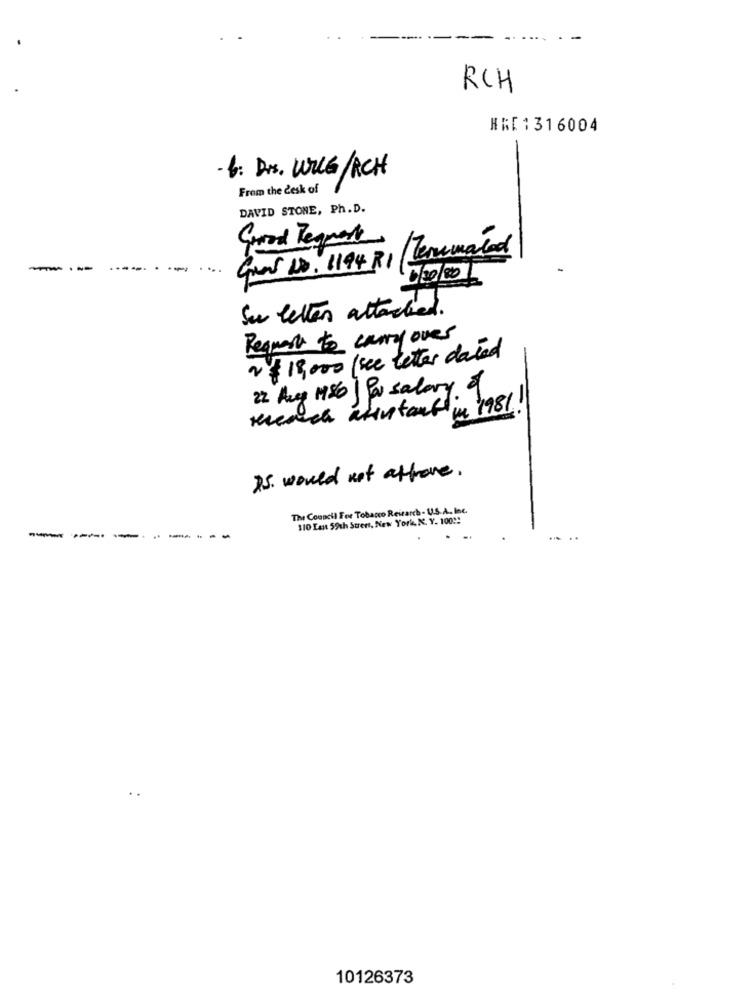
RCH
HR[1316004
-
-6: Dr. WILG/ACH
From the desk of
DAVID STONE, Ph.D.
/Terumaled
----
Great 10. 1194 RI
Su letten attached.
Request to carry over
~ $ 19,000 /sec letter dated
22 Aug 1986 | Po salary of
terenach ativstart in 1981 !!
15. would not affrone.
The Council For Tobacco Reitarch- U.S.A. Inc.
310 Last 59th Street, New York, N. Y. 100 !!
------
----.
10126373